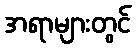
အရာများတွင်